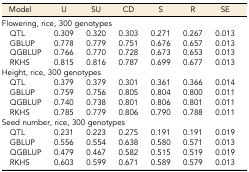
<table><thead><tr><td><b>Model</b></td><td><b>U</b></td><td><b>SU</b></td><td><b>CD</b></td><td><b>S</b></td><td><b>R</b></td><td><b>SE</b></td></tr></thead><tbody><tr><td colspan="7">Flowering, rice, 300 genotypes</td></tr><tr><td> QTL</td><td>0.309</td><td>0.320</td><td>0.303</td><td>0.271</td><td>0.267</td><td>0.013</td></tr><tr><td> GBLUP</td><td>0.778</td><td>0.779</td><td>0.751</td><td>0.676</td><td>0.657</td><td>0.013</td></tr><tr><td> QGBLUP</td><td>0.766</td><td>0.770</td><td>0.728</td><td>0.673</td><td>0.653</td><td>0.013</td></tr><tr><td> RKHS</td><td>0.815</td><td>0.816</td><td>0.787</td><td>0.699</td><td>0.677</td><td>0.013</td></tr><tr><td colspan="7">Height, rice, 300 genotypes</td></tr><tr><td> QTL</td><td>0.379</td><td>0.379</td><td>0.301</td><td>0.361</td><td>0.366</td><td>0.014</td></tr><tr><td> GBLUP</td><td>0.759</td><td>0.756</td><td>0.805</td><td>0.804</td><td>0.800</td><td>0.011</td></tr><tr><td> QGBLUP</td><td>0.740</td><td>0.738</td><td>0.801</td><td>0.806</td><td>0.801</td><td>0.011</td></tr><tr><td> RKHS</td><td>0.785</td><td>0.779</td><td>0.806</td><td>0.790</td><td>0.788</td><td>0.011</td></tr><tr><td colspan="7">Seed number, rice, 300 genotypes</td></tr><tr><td> QTL</td><td>0.231</td><td>0.223</td><td>0.275</td><td>0.191</td><td>0.191</td><td>0.019</td></tr><tr><td> GBLUP</td><td>0.556</td><td>0.554</td><td>0.638</td><td>0.580</td><td>0.571</td><td>0.013</td></tr><tr><td> QGBLUP</td><td>0.479</td><td>0.467</td><td>0.582</td><td>0.515</td><td>0.519</td><td>0.019</td></tr><tr><td> RKHS</td><td>0.603</td><td>0.599</td><td>0.671</td><td>0.589</td><td>0.579</td><td>0.013</td></tr></tbody></table>